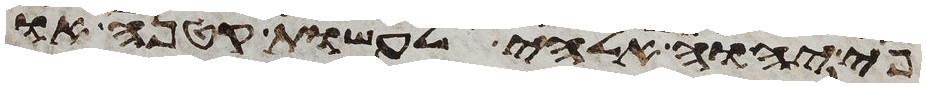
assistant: פי יהוה אלהי לעשות קטנה או